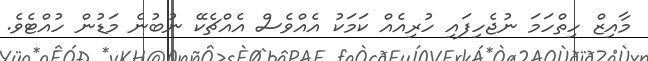
މާއިޒް ހިތްހަމަ ނުޖެހިފައި ހުރިއެއް ކަމަކު އެއްވެސް އެއްޗެކޭ ނުބުނެ މަޑުން ހުއްޓެވެ.